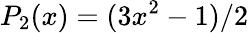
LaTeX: P_{2}(x)=(3x^{2}-1)/2